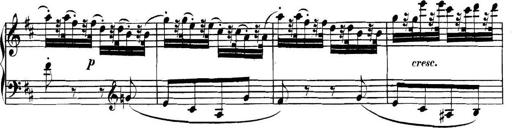
Title: Collected Piano Sonatas
Composer: Muzio Clementi